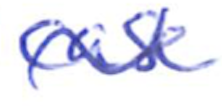
Text: case
Cross-out: wave
Writing tool: ballpoint